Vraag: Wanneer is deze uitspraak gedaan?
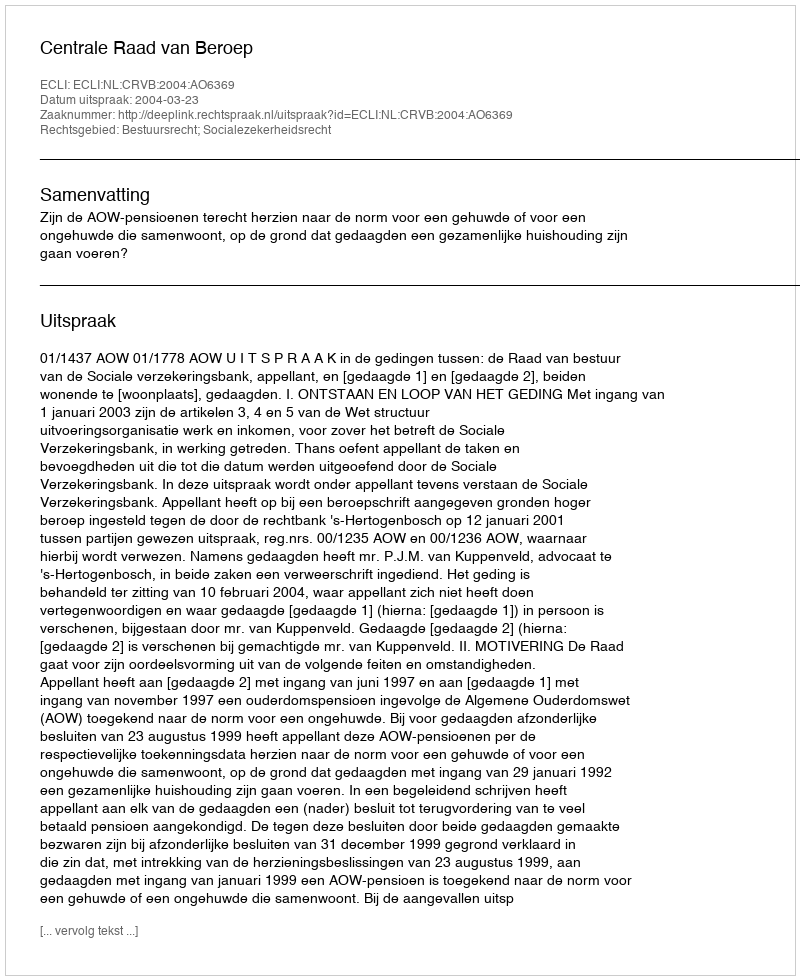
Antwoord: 2004-03-23